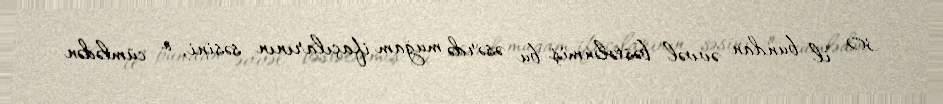
30 il bundan əvvəl bəstələnmiş bu əsərdə muğam ifaçılarının səsini, o cümlədən